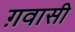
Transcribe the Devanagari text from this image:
ग़वासी